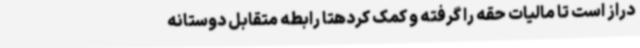
دراز است تا مالیات حقه را گرفته و کمک کردهتا رابطه متقابل دوستانه